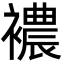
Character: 襛